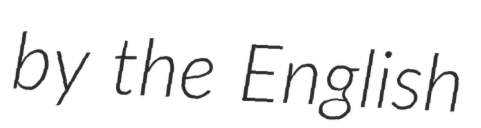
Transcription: by the English